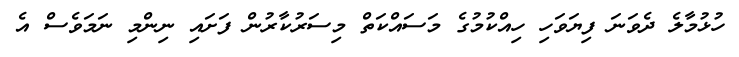
ހުޅުމާލެ ދެވަނަ ފިޔަވަހި ހިއްކުމުގެ މަސައްކަތް މިސަރުކާރުން ފަށައި ނިންމި ނަމަވެސް އެ